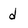
Character: d